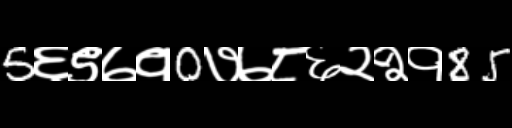
Text: 5६९७१0७७८६२२१85